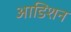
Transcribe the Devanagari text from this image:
आडिशन